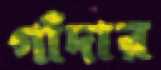
গাঁদার